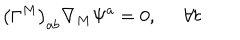
\left( \Gamma ^ { M } \right) _ { a b } \nabla _ { M } \Psi ^ { a } = 0 , \; \; \forall b